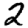
Digit: 2